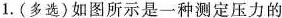
1.(多选)如图所示是一种测定压力的